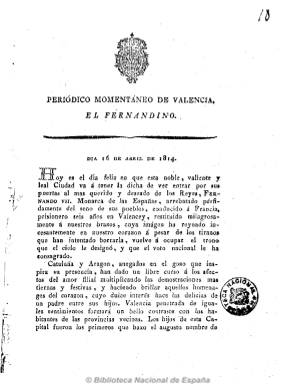
Título: El Fernandino (Valencia)
Otros títulos: Periódico momentáneo de Valencia, El Fernandino
Colección: Periódicos anteriores a 1850
Ámbito geográfico: Valencia
Lugar de publicación: Valencia
Fechas: 16/04/1814-05/05/1814

Subtitulado como “periódico momentáneo de Valencia”, se publicó diariamente desde el 16 de abril al cinco de mayo de 1814, coincidiendo con la estancia de Fernando VII en esta ciudad al regresar de Francia. Es uno de los periódicos reaccionarios más destacados del final de la guerra de la independencia. Sale a instancias del infante Don Antonio, que había precedido en su viaje al monarca, y como tapadera de la conspiración militar antiliberal y el golpe de Estado absolutista, liderado por el general Francisco Javier Elío.

Estampado en su cabecera el escudo real, sale en números de cuatro páginas, sin numerar y paginación continuada, hasta un total de 80 páginas, impreso por Francisco Brusola, de cuya oficina salieron los periódicos antiliberales valencianos. Tiene una mayor estructura periodística que Lucindo, el otro periódico reaccionario que saldrá en las mismas fechas en Valencia y con los mismos propósitos. Además de artículos de opinión y de oficio, publica noticias españolas y de Europa, así como locales, avisos y algún soneto. Desde sus páginas se redactará el Manifiesto de los Persas y el programa de la reacción feudal valenciana, y exhortará al rey a perseguir a los liberales.

Se le atribuye su autoría al clérigo Blas Ostolaza, ex alto cargo de la Inquisición y diputado servil doceañista, confesor de Don Carlos, hermano del rey, y que como pago a sus servicios será después nombrado, entre otros cargos públicos, Inquisidor General, y que por último se pasará a las filas carlistas y ejecutado en Valencia en 1835. Otro de sus redactores será Vicente Pla y Cabrera. Por su parte, María Cruz Seoane se inclina por darle su autoría al también diputado y exaltado absolutista Justo Pastor Pérez.

Como su publicación en Valencia es transitoria (durante la permanencia de Fernando VII en la ciudad), en su último número expresará que “tiene que marcharse a machacar liberales a otra parte”, siendo continuado por El fernandino de Valencia en Madrid.